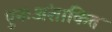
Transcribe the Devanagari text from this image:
पुनःअंशांकित